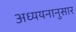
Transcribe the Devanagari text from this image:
अध्ययनानुसार